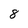
Character: 8